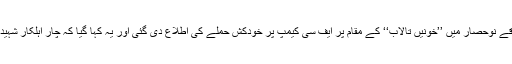
پھر28 فروری کو نواحی علاقے نوحصار میں ’’خونیں تالاب‘‘ کے مقام پر ایف سی کیمپ پر خودکش حملے کی اطلاع دی گئی اور یہ کہا گیا کہ چار اہلکار شہید اور تقریباً دس زخمی ہوگئے۔